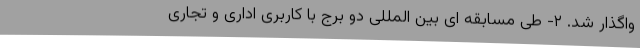
واگذار شد. ۲- طی مسابقه ای بین المللی دو برج با کاربری اداری و تجاری